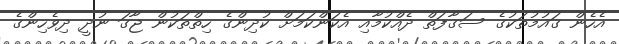
އެހެން ގައުމުތަކުގެ ސަގާފަތް ދެއްކުމާއި އެކަންކަމަށް ކުދިންގެ ހިތްތަކުން ޖާގަ ނުދީ ދިވެހިންގެ